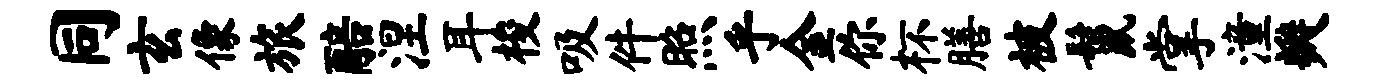
同玄像旅醅涅耳梭吸件照乎金你杯膳被鬣掌潼瓣